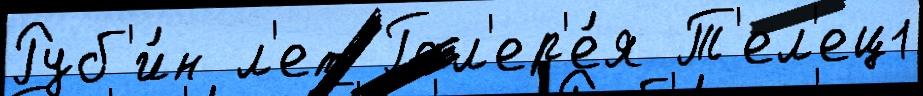
Руб'и́н л'ет Гал'ер'е́я Т'ел'ец1